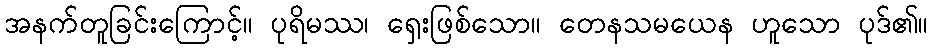
အနက်တူခြင်းကြောင့်။ ပုရိမဿ၊ ရှေးဖြစ်သော။ တေနသမယေန ဟူသော ပုဒ်၏။